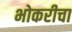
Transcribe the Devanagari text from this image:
भोकरीचा